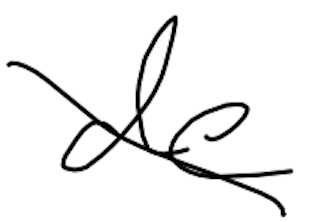
Text: de
Cross-out: diagonal
Writing tool: digital_black